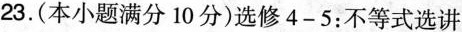
23.(本小题满分10分)选修4-5：不等式选讲